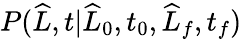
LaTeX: P(\widehat{L},t|\widehat{L}_{0},t_{0},\widehat{L}_{f},t_{f})